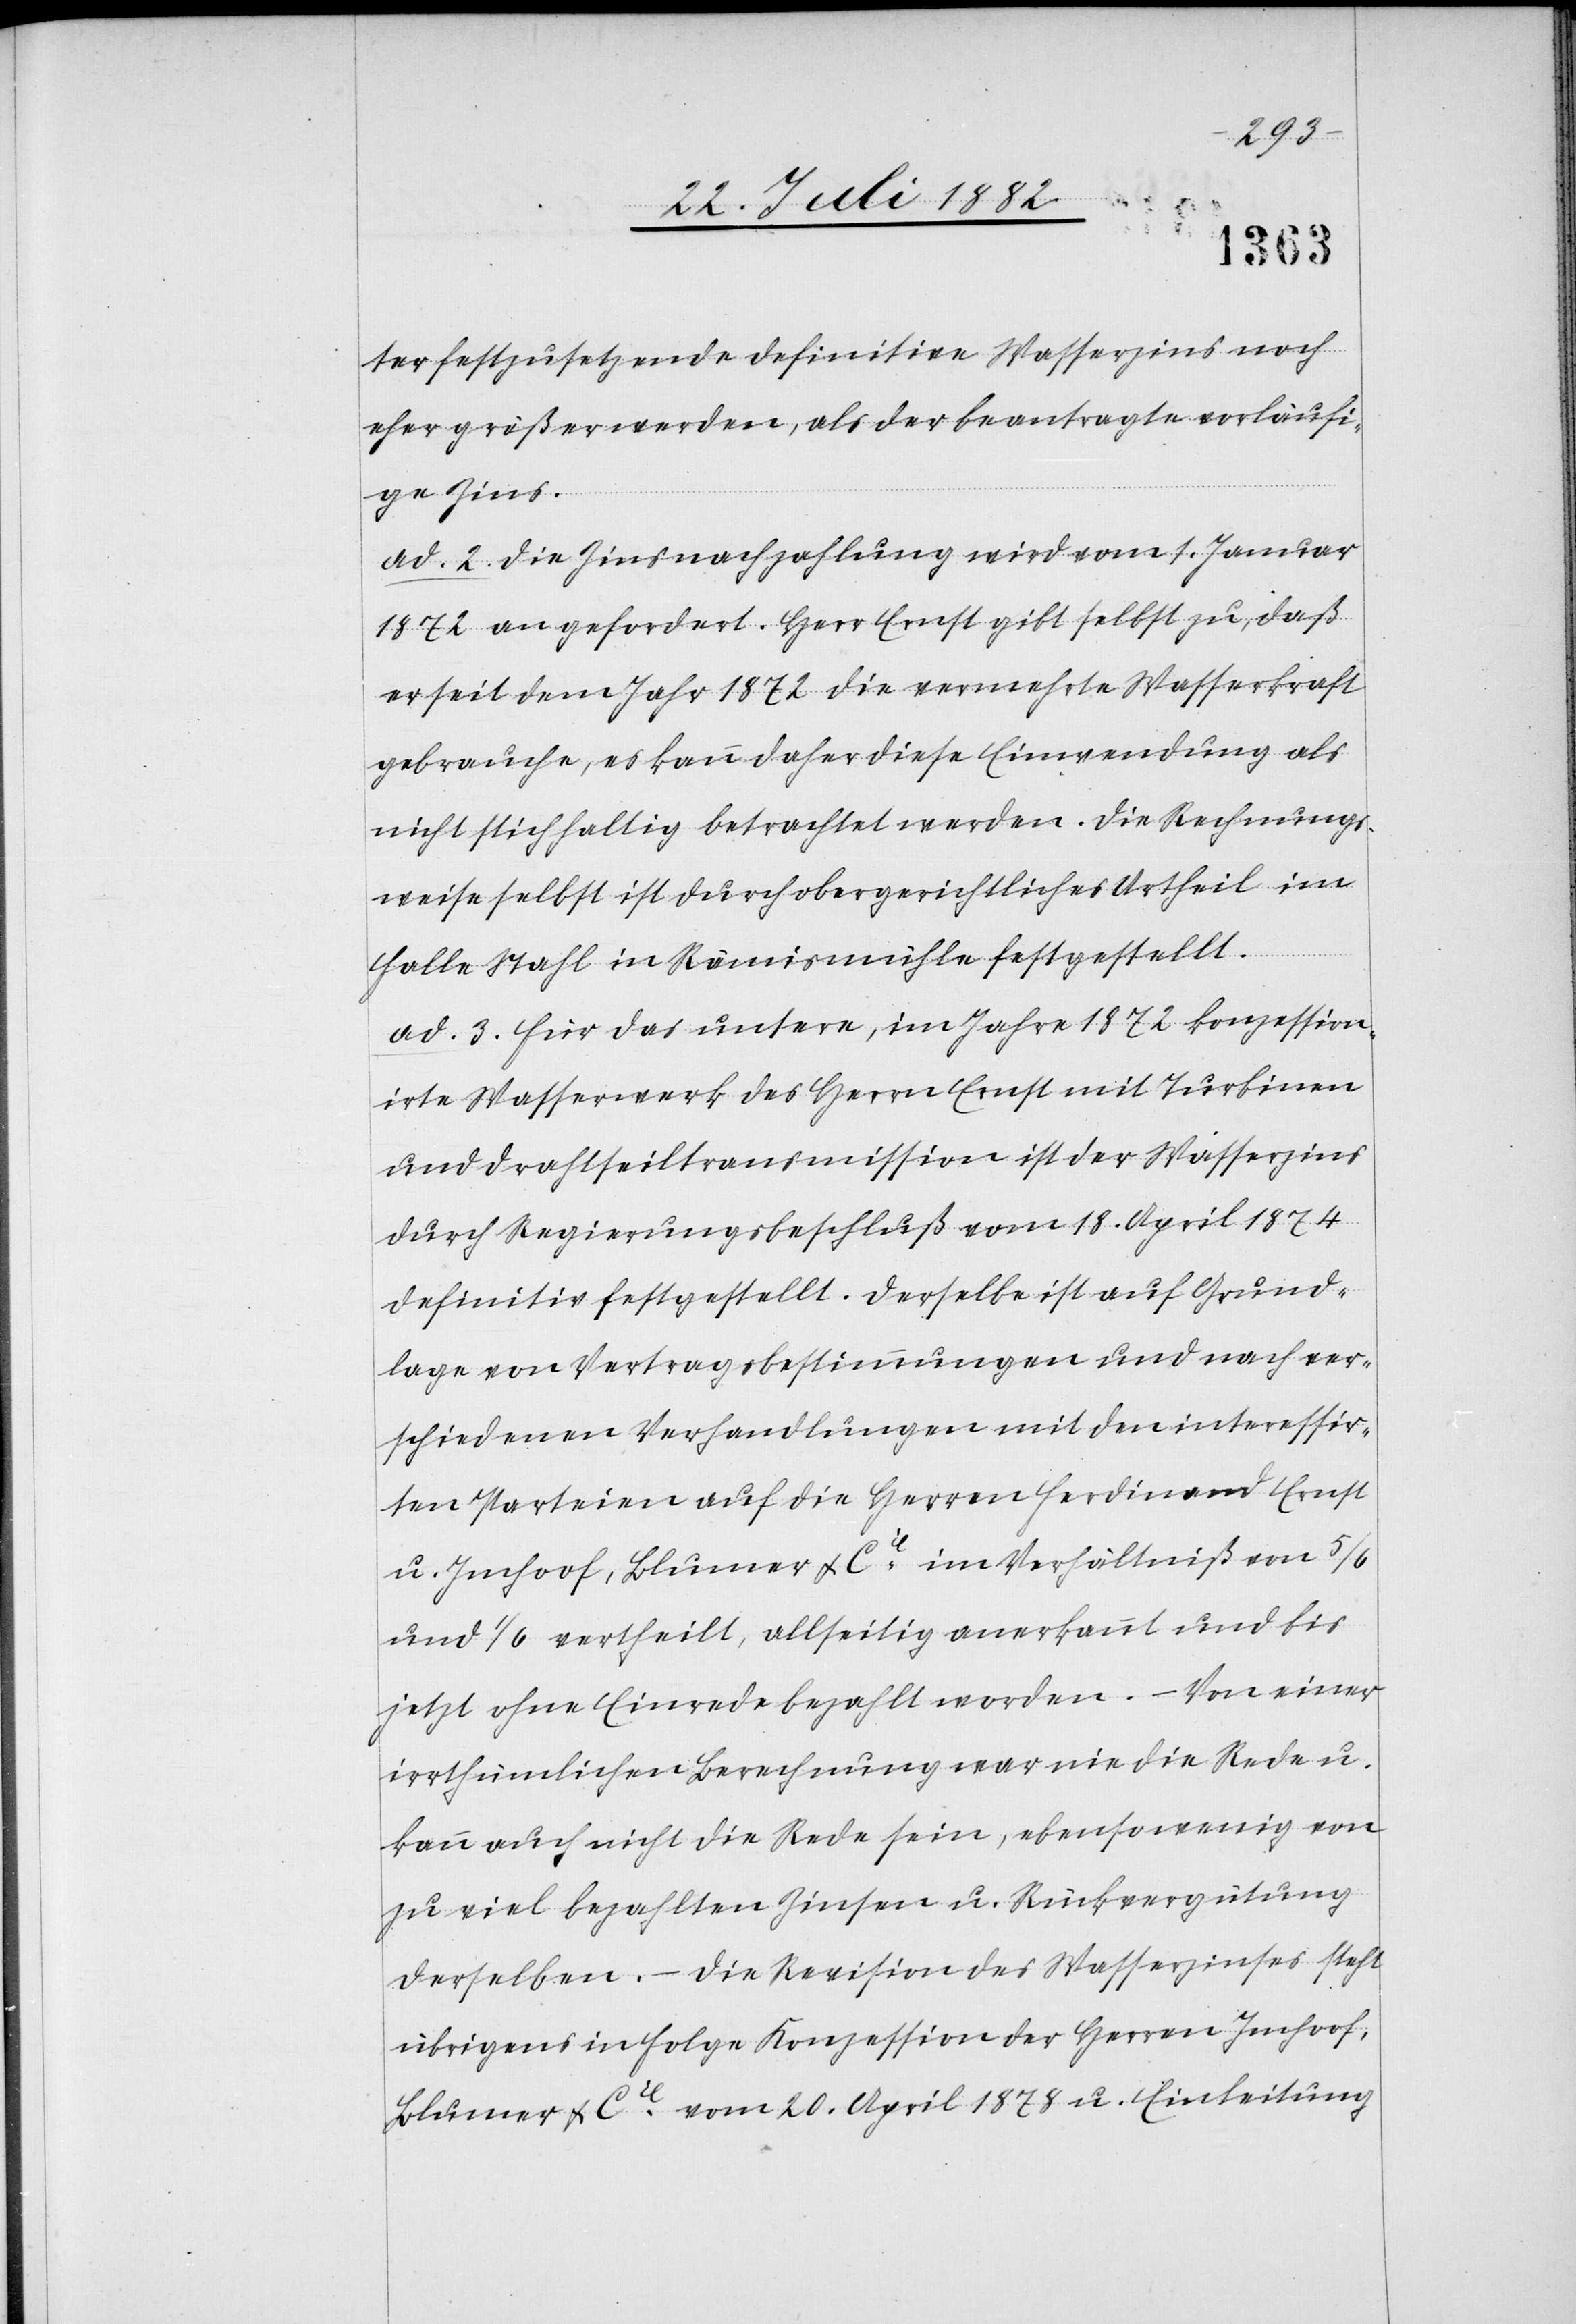
ter festzusetzende definitive Wasserzins noch
eher größer werden, als der beantragte vorläufi¬
ge Zins.
ad 2. Die Zinsnachzahlung wird vom 1. Januar
1872 an gefordert. Herr Ernst gibt selbst zu, daß
er seit dem Jahr 1872 die vermehrte Wasserkraft
gebrauche, es kann daher diese Einwendung als
nicht stichhaltig betrachtet werden. Die Rechnungs¬
weise selbst ist durch obergerichtliches Urtheil im
Falle Stahl in Rämismühle festgestellt.
ad 3. Für das untere, im Jahre 1872 konzession¬
irte Wasserwerk des Herrn Ernst mit Turbinen
und Drahtseiltransmission ist der Wasserzins
durch Regierungsbeschluß vom 18. April 1874
definitiv festgestellt. Derselbe ist auf Grund¬
lage von Vertragsbestimmungen und nach ver¬
schiedenen Verhandlungen mit den interessir¬
ten Parteien auf die Herren Ferdinand Ernst
u. Imhoof, Blumer &C ie im Verhältniß von 5/6
und 1/6 vertheilt, allseitig anerkannt und bis
jetzt ohne Einrede bezahlt worden. – Von einer
irrthümlichen Berechnung war nie die Rede u.
kann auch nicht die Rede sein, ebensowenig von
zu viel bezahlten Zinsen u. Rückvergütung
derselben. – Die Revision des Wasserzinses steht
übrigens in Folge Konzession der Herren Imhoof,
Blumer & Cie vom 20. April 1878 u. Einleitung